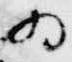
為